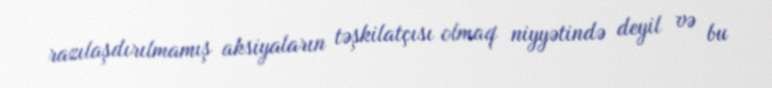
razılaşdırılmamış aksiyaların təşkilatçısı olmaq niyyətində deyil və bu